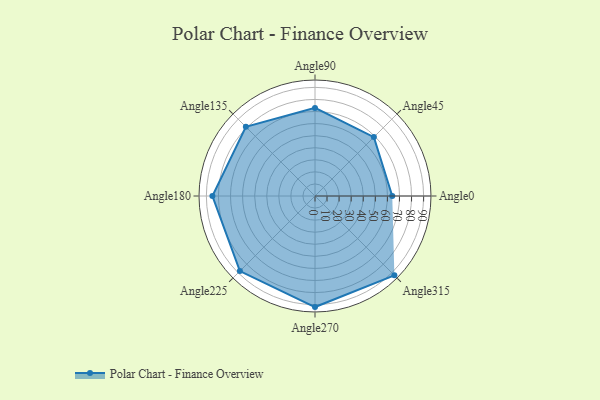
{"axis": {"x": "Angle", "y": "Radius"}, "legend": [""], "data": [{"x": "Angle0", "y": 64.0, "type": ""}, {"x": "Angle45", "y": 69.0, "type": ""}, {"x": "Angle90", "y": 73.0, "type": ""}, {"x": "Angle135", "y": 81.0, "type": ""}, {"x": "Angle180", "y": 85.0, "type": ""}, {"x": "Angle225", "y": 88.0, "type": ""}, {"x": "Angle270", "y": 92.0, "type": ""}, {"x": "Angle315", "y": 93.0, "type": ""}]}